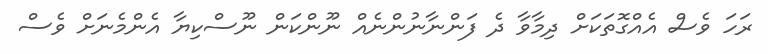
ރަހަ ވެސް އެއްގޮތަކަށް ދިމާވާ ދެ ފަންނާނުންނެއް ނޫންކަން ނޫސްކިޔާ އެންމެނަށް ވެސް